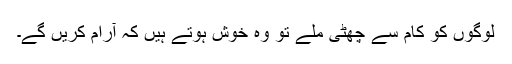
لوگوں کو کام سے چھٹی ملے تو وہ خوش ہوتے ہیں کہ آرام کریں گے۔